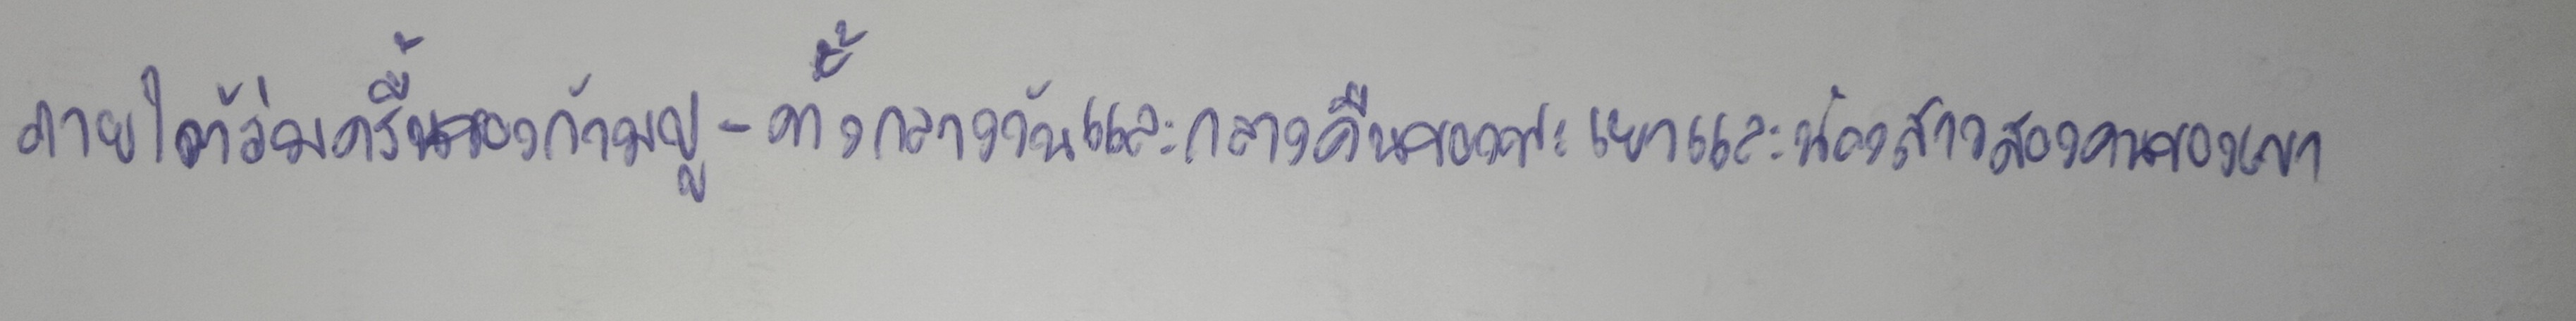
ภายใต้ร่มครื้มของก้ามปู-ทั้งกลางวันและกลางคืนของพะเยาและน้องสาวสองคนของเขา